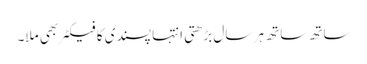
ساتھ ساتھ ہر سال بڑھتی انتہا پسندی کا فیکٹر بھی ملا۔